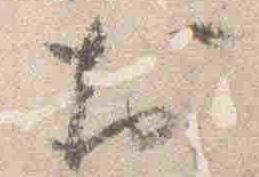
於